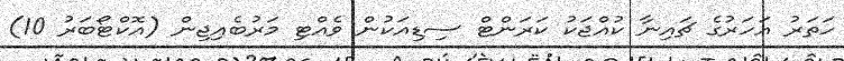
ހަތަރު އަހަރުގެ ޗައިނާ ކުއްޖަކު ކަރަންޓް ސިޑިއަކުން ވެއްޓި މަރުބެއިޖިން (އޮކްޓޯބަރު 10)